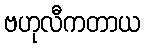
ဗဟုလီကတာယ